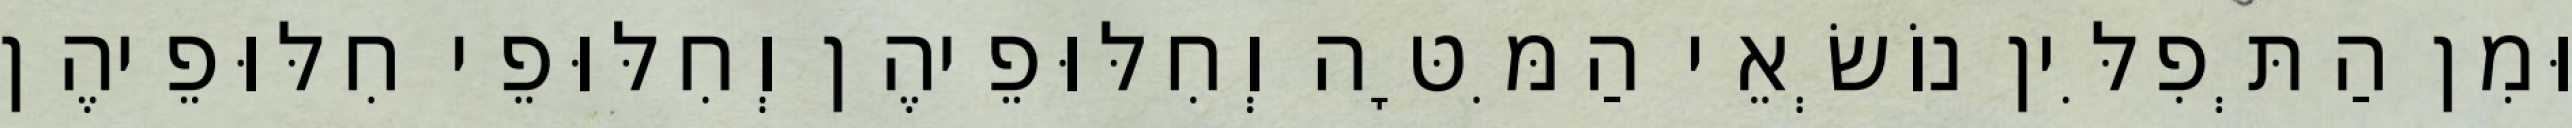
וּמִן הַתְּפִלִּין נוֹשְׂאֵי הַמִּטָּה וְחִלּוּפֵיהֶן וְחִלּוּפֵי חִלּוּפֵיהֶן